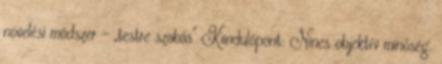
növelési módszer - „testre szabás” Kiindulópont: Nincs objektív minőség.